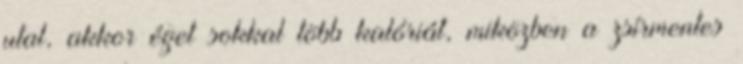
utal, akkor éget sokkal több kalóriát, miközben a zsírmentes